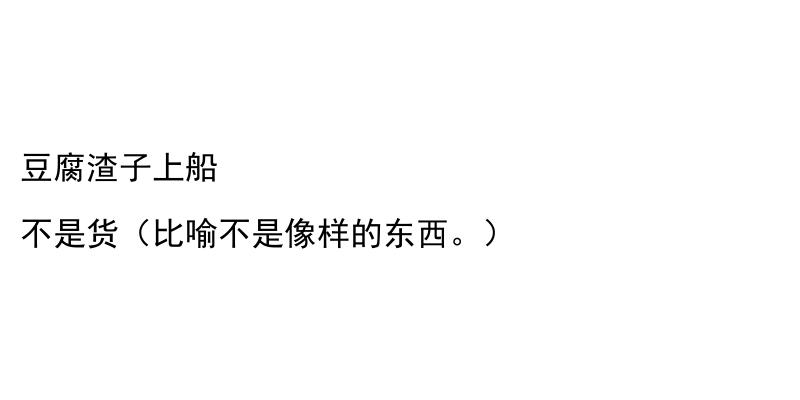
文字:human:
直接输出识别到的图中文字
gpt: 豆腐渣子上船 不是货（比喻不是像样的东西。）